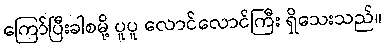
ကြော်ပြီးခါစမို့ ပူပူ လောင်လောင်ကြီး ရှိသေးသည်။